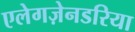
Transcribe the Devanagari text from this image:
एलेगज़ेनडरिया